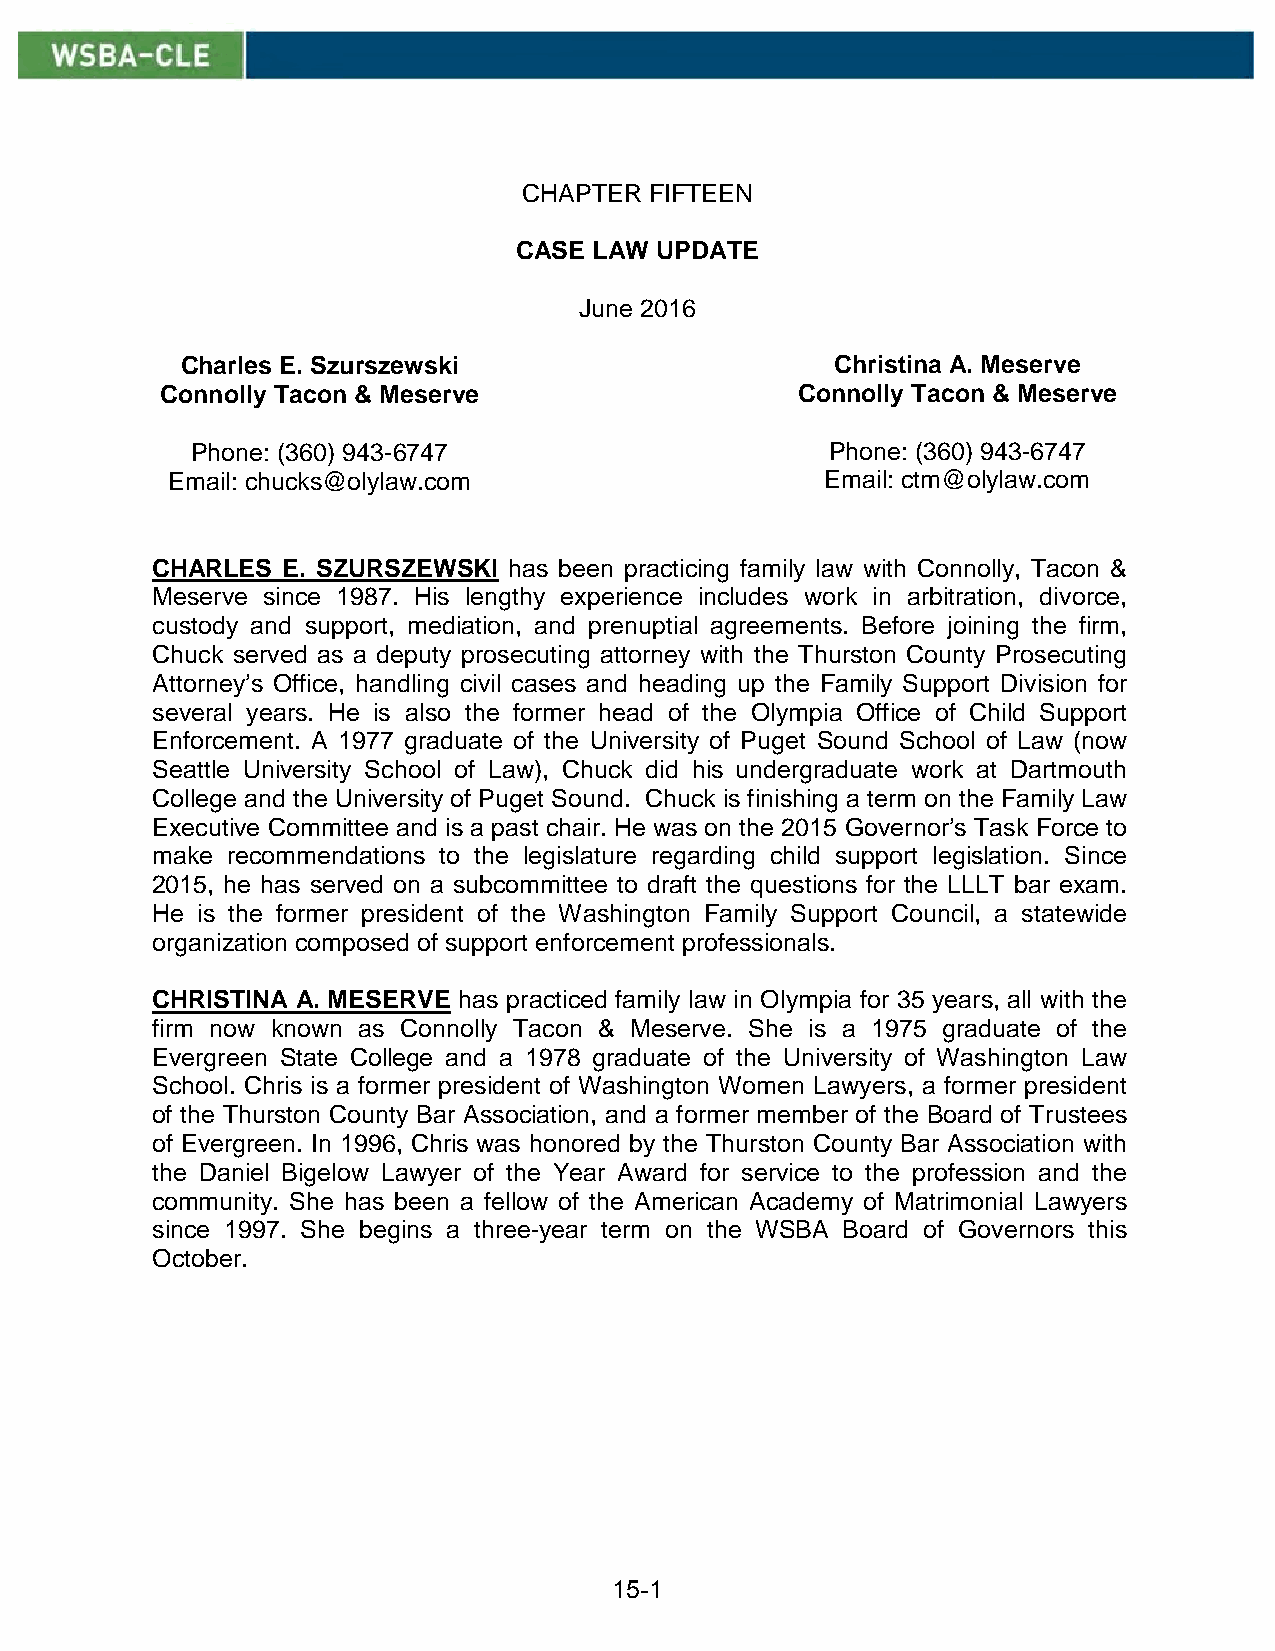
CHAPTER FIFTEEN
 CASE LAW UPDATE
 June 2016
 Charles E. Szurszewski                     Christina A. Meserve
 Connolly Tacon & Meserve                  Connolly Tacon & Meserve
 Phone: (360) 943-6747                     Phone: (360) 943-6747
 Email: chucks@olylaw.com                    Email: ctm@olylaw.com
 CHARLES  E. SZURSZEWSKI has been practicing family law with Connolly, Tacon &
 Meserve since 1987. His lengthy experience includes work in arbitration, divorce,
 custody and support, mediation, and prenuptial agreements. Before joining the firm,
 Chuck served as a deputy prosecuting attorney with the Thurston County Prosecuting
 Attorney’s Office, handling civil cases and heading up the Family Support Division for
 several years. He is also the former head of the Olympia Office of Child Support
 Enforcement. A 1977 graduate of the University of Puget Sound School of Law (now
 Seattle University School of Law), Chuck did his undergraduate work at Dartmouth
 College and the University of Puget Sound. Chuck is finishing a term on the Family Law
 Executive Committee and is a past chair. He was on the 2015 Governor’s Task Force to
 make recommendations to the legislature regarding child support legislation. Since
 2015, he has served on a subcommittee to draft the questions for the LLLT bar exam.
 He is the former president of the Washington Family Support Council, a statewide
 organization composed of support enforcement professionals.
 CHRISTINA A. MESERVE has practiced family law in Olympia for 35 years, all with the
 firm now known as Connolly Tacon & Meserve. She is a 1975 graduate of the
 Evergreen State College and a 1978 graduate of the University of Washington Law
 School. Chris is a former president of Washington Women Lawyers, a former president
 of the Thurston County Bar Association, and a former member of the Board of Trustees
 of Evergreen. In 1996, Chris was honored by the Thurston County Bar Association with
 the Daniel Bigelow Lawyer of the Year Award for service to the profession and the
 community. She has been a fellow of the American Academy of Matrimonial Lawyers
 since 1997. She begins a three-year term on the WSBA Board of Governors this
 October.
 15-1